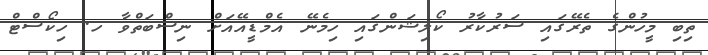
ތިބި މީހުންގެ ތެރޭގައި ސަރުކާރު ކޯލިޝަންގައި ހިމެނޭ އެމްޑީއޭއަށް ނިސްބަތްވާ ހ. ހިކޯސްޓް